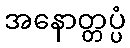
အနောတ္တပ္ပံ